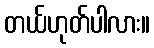
တယ်ဟုတ်ပါလား။